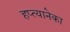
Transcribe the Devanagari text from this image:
हप्त्यानेका